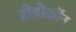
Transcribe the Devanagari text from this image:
होहोकॉन